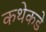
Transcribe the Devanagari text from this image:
कथेकडे